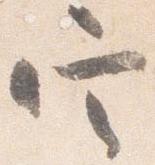
定